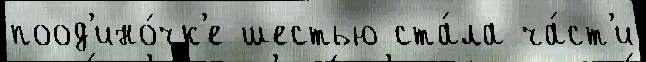
поод'ино́чк'е шестью ста́ла ча́ст'и